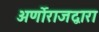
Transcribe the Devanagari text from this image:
अर्णोराजद्वारा